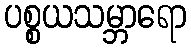
ပစ္စယသမ္ဘာရော